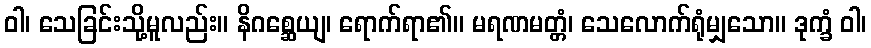
ဝါ၊ သေခြင်းသို့မူလည်း။ နိဂစ္ဆေယျ၊ ရောက်ရာ၏။ မရဏမတ္တံ၊ သေလောက်ရုံမျှသော။ ဒုက္ခံ ဝါ၊